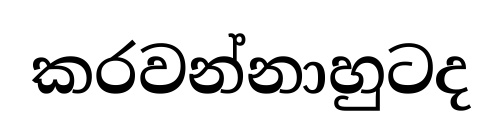
කරවන්නාහුටද